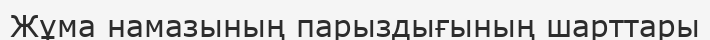
Жұма намазының парыздығының шарттары